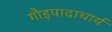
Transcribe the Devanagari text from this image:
गौड़पादाचार्य